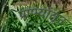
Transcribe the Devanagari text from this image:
प्राण्यांतून